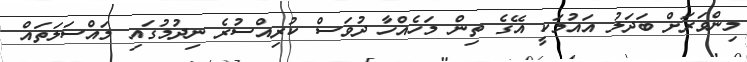
މިންވަރަށް ބަދަލު އައުމަކީ އޭގެ ތިން މަހެއްހާ ދުވަސް ކުރިއްސުރެ ނިދުމުގައި މައްސަލަތައް